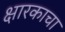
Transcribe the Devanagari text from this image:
क्षारकाचा